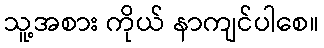
သူ့အစား ကိုယ် နာကျင်ပါစေ။